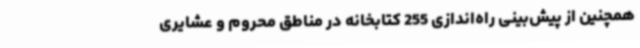
همچنین از پیش‌بینی راه‌اندازی 255 کتابخانه در مناطق محروم و عشایری